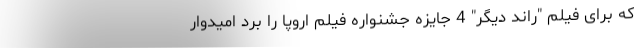
که برای فیلم "راند دیگر" 4 جایزه جشنواره فیلم اروپا را برد امیدوار